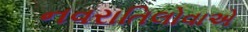
નવરાતિલોવાએ